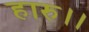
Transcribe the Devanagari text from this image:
हारु।।